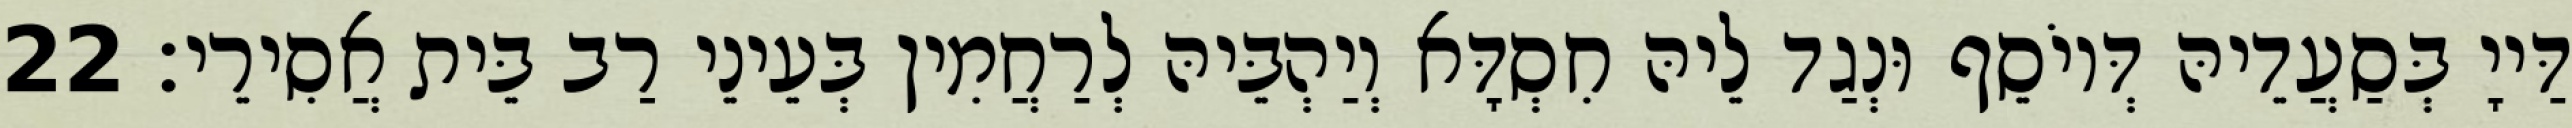
דַּייָ בְּסַעֲדֵיהּ דְּיוֹסֵף וּנְגַד לֵיהּ חִסְדָּא וְיַהְבֵּיהּ לְרַחֲמִין בְּעֵינֵי רַב בֵּית אֲסִירֵי׃ 22